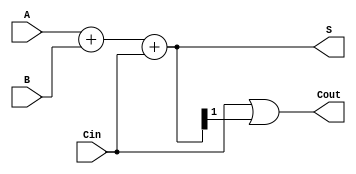
module carry_bypass_adder (
    input wire [31:0] A,
    input wire [31:0] B,
    input wire Cin,
    output wire [31:0] S,
    output wire Cout
);

wire [32:0] P;
wire [32:0] G;

assign P = A + B + Cin;
assign G[0] = Cin;
assign G[1:32] = A[0:31] & B[0:31];
assign S = P[0:31];
assign Cout = G | P[1:32];

endmodule